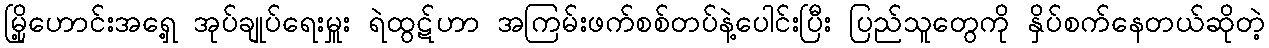
မြို့ဟောင်းအရှေ့ အုပ်ချုပ်ရေးမှူး ရဲထွဋ်ဟာ အကြမ်းဖက်စစ်တပ်နဲ့ပေါင်းပြီး ပြည်သူတွေကို နှိပ်စက်နေတယ်ဆိုတဲ့